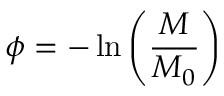
\phi = - \ln \left( \frac { M } { M _ { 0 } } \right)